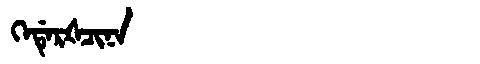
Manchu: ᡴᡝᡩᡝᡵᡧᠴᡳᠨᠠ
Romanization: KEDERŠCINA